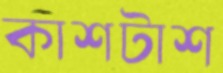
কাশটাশ